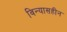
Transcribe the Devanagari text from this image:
विन्यासहीन